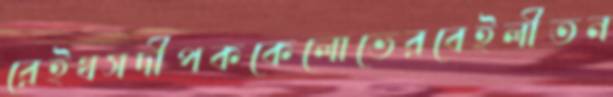
রেইথসদীপককেলোভেরবেইলীতন